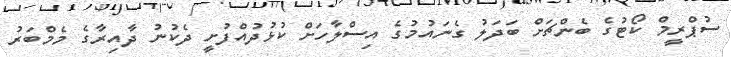
ސުޕްރީމް ކޯޓުގެ ބެންޗަށް ބަދަލު ގެނައުމުގެ އިސްލާހަށް ކުޅުދުއްފުށީ ދެކުނު ދާއިރާގެ މެމްބަރު